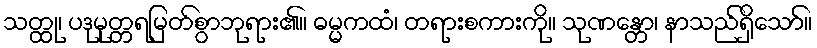
သတ္ထု၊ ပဒုမုတ္တရမြတ်စွာဘုရား၏။ ဓမ္မကထံ၊ တရားစကားကို။ သုဏန္တော၊ နာသည်ရှိသော်။